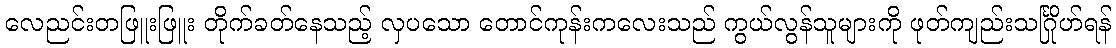
လေညင်းတဖြူးဖြူး တိုက်ခတ်နေသည့် လှပသော တောင်ကုန်းကလေးသည် ကွယ်လွန်သူများကို ဖုတ်ကျည်းသင်္ဂြိုဟ်ရန်